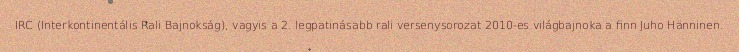
IRC (Interkontinentális Rali Bajnokság), vagyis a 2. legpatinásabb rali versenysorozat 2010-es világbajnoka a finn Juho Hänninen.